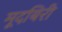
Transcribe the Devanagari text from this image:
मूदबिरी